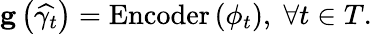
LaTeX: \begin{array}{r}{\mathbf{g}\left(\widehat{\gamma_{t}}\right)=\operatorname{Encoder}\left(\phi_{t}\right),\; \forall t\in T.}\end{array}